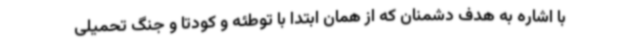
با اشاره به هدف دشمنان که از همان ابتدا با توطئه و کودتا و جنگ تحمیلی